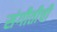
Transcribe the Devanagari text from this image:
संगीतीची